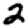
Digit: 2